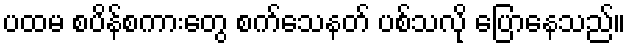
ပထမ စပိန်စကားတွေ စက်သေနတ် ပစ်သလို ပြောနေသည်။